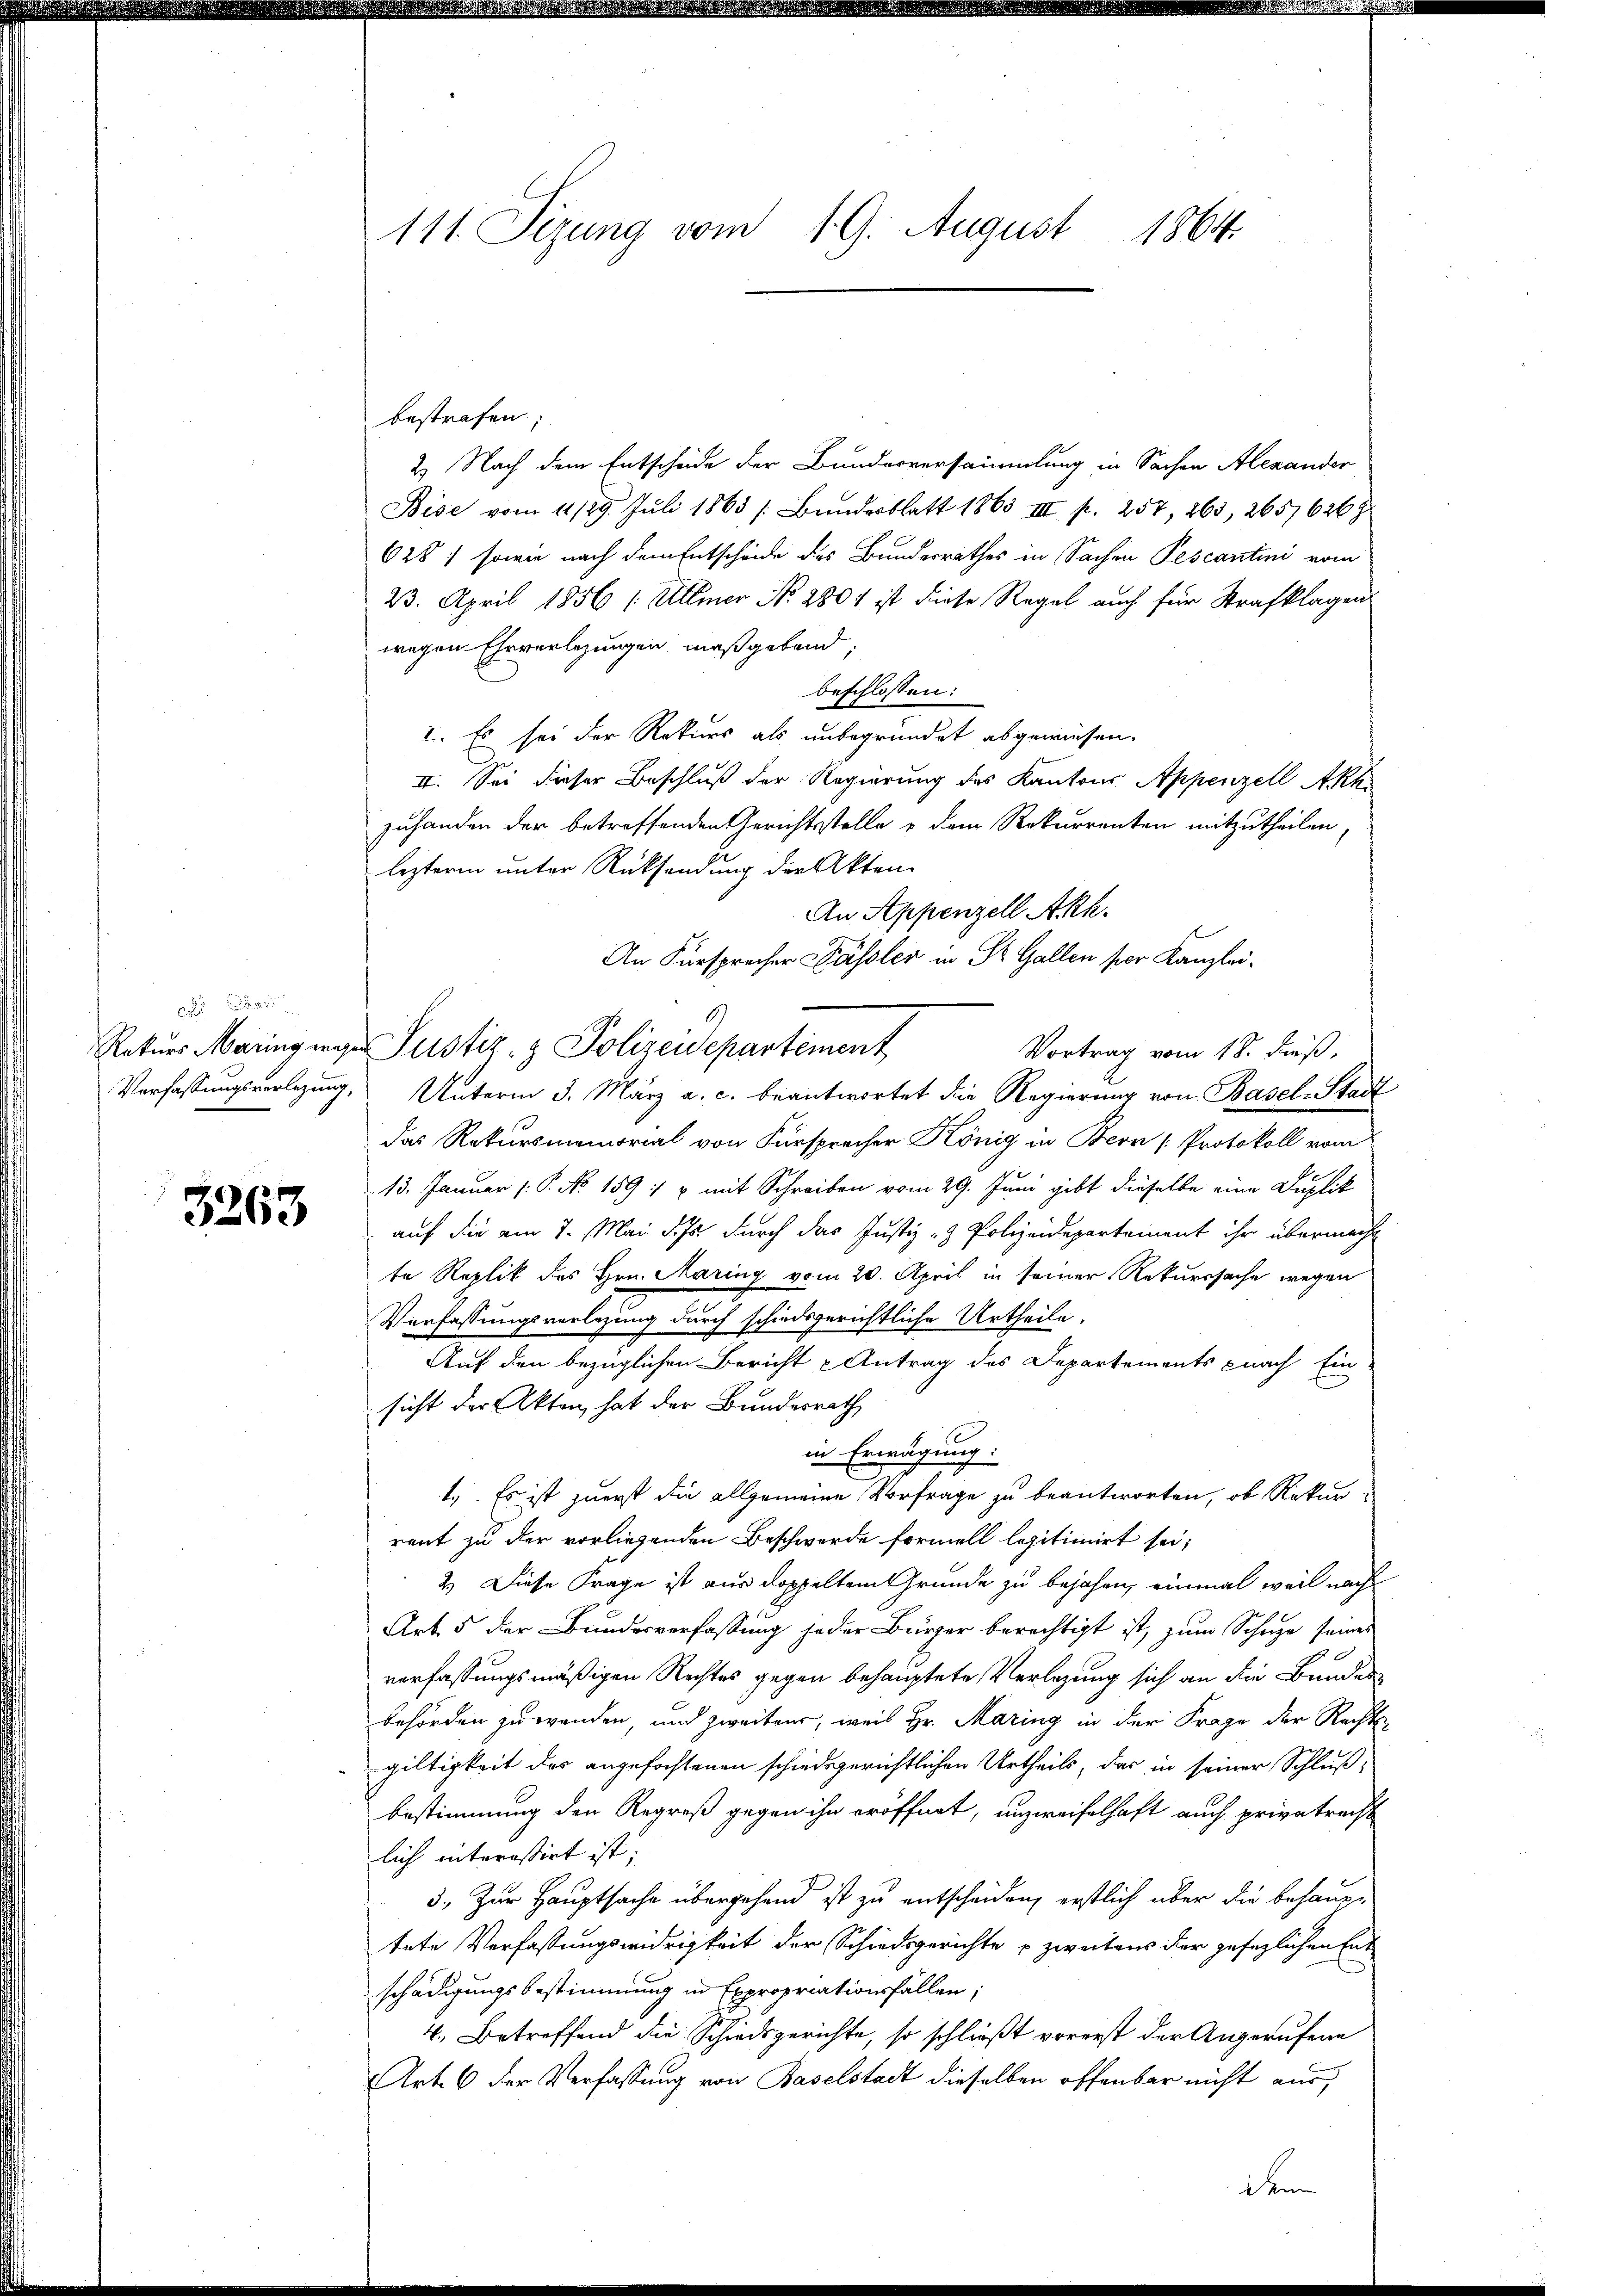
a

3263

111 Sizung vom 19. August 1864.

bestrafen;
2.) Nach dem Entscheide der Bundesversammlung in Sachen Alexander
Bise vom 11/29. Juli 1865 [Bundesblatt 1863 III p. 257, 263, 26576269
628) sowie nach dem Entscheide des Bundesrathes in Sachen Pescantini vom
23. April 1856 / Ullmer No. 2801 ist diese Regel auch für Strafklagen
wegen Ehrverlegungen maßgebend,
beschlossen:
I. Es sei der Rekurs als unbegründet abgewiesen.
II. Sei dieser Beschluß der Regierung des Kantons Appenzell Akh
zuhanden der betreffenden Gerichtsstelle u dem Rekurrenten mitzutheilen,
lezteren unter Rücksendung der Akten.
An Appenzell Akh.
An Fürsprecher Fässler in St. Gallen per Kanzlei¬
6.
Rekurs Maring wegen Justiz- & Polizeidepartement
Vortrag vom 18. Fuß,
Verfassungsverlegung, Unterm 3. März a. c. beantwortet die Regierung von Basel-Stadt
das Rekursmemorial von Fürsprecher König in Bern [Protokoll vom
13. Januar (: P. No 1591 & mit Schreiben vom 29. Juni gibt dieselbe eine Duplik
auf die am 7. Mai d. Js. durch das Justiz- & Polizeidepartement ihr übermacht
te Replik des Hrn. Maring vom 20. April in seiner Rekurssache wegen
Verfassungsverlegung durch schiedsgerichtliche Urtheile.
Auf den bezüglichen Bericht Antrag des Departements nach Ein
sicht der Akten, hat der Bundesrath
in Erwägung:
1.) Es ist zuerst die allgemeine Vorfrage zu beantworten, ob Rekur-
rent zu der vorliegenden Beschwerde formell legitimirt sei;
2.) Diese Frage ist aus doppeltem Grunde zu bejahen, einmal weil nach
Art. 5 der Bundesverfassung jeder Bürger berechtigt ist, zum Schuze seines
verfassungsmäßigen Rechtes gegen behauptete Verlegung sich an die Bunden
behörden zu wenden, und zweitens, weil Hr. Maring in der Frage der Rechts-
giltigkeit des angefochtenen schiedsgerichtlichen Urtheils, das in seiner Schlußbestimmung den Regreß gegen ihn eröffnet, unzweifelhaft auch privatrecht
lich interessirt ist;
3. Zur Hauptsache übergehend ist zu entscheiden, erstlich über die behauptete Verfassungswidrigkeit der Schiedsgerichte u zweitens der gesezlichen Ent
schädigungsbestimmung in Expropriationsfallen;
4. Betreffend die Schiedsgerichte, so schließt vorerst der Angerufene
Art. 6 der Verfassung von Baselstadt dieselben offenbar nicht aus,
dann